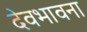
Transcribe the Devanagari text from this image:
देवभावना